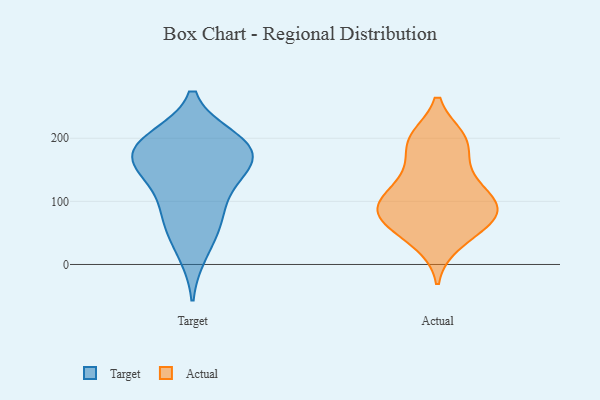
{"axis": {"x": "Demand Index", "y": "Value"}, "legend": ["Actual", "Target"], "data": [{"x": "", "y": 154, "type": "Target"}, {"x": "", "y": 56, "type": "Target"}, {"x": "", "y": 82, "type": "Target"}, {"x": "", "y": 82, "type": "Target"}, {"x": "", "y": 195, "type": "Target"}, {"x": "", "y": 191, "type": "Target"}, {"x": "", "y": 182, "type": "Target"}, {"x": "", "y": 183, "type": "Target"}, {"x": "", "y": 199, "type": "Target"}, {"x": "", "y": 157, "type": "Target"}, {"x": "", "y": 18, "type": "Target"}, {"x": "", "y": 149, "type": "Target"}, {"x": "", "y": 130, "type": "Target"}, {"x": "", "y": 80, "type": "Actual"}, {"x": "", "y": 164, "type": "Actual"}, {"x": "", "y": 116, "type": "Actual"}, {"x": "", "y": 139, "type": "Actual"}, {"x": "", "y": 196, "type": "Actual"}, {"x": "", "y": 131, "type": "Actual"}, {"x": "", "y": 200, "type": "Actual"}, {"x": "", "y": 68, "type": "Actual"}, {"x": "", "y": 196, "type": "Actual"}, {"x": "", "y": 109, "type": "Actual"}, {"x": "", "y": 33, "type": "Actual"}, {"x": "", "y": 63, "type": "Actual"}, {"x": "", "y": 200, "type": "Actual"}, {"x": "", "y": 40, "type": "Actual"}, {"x": "", "y": 87, "type": "Actual"}, {"x": "", "y": 93, "type": "Actual"}, {"x": "", "y": 90, "type": "Actual"}, {"x": "", "y": 75, "type": "Actual"}, {"x": "", "y": 87, "type": "Actual"}]}